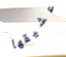
عشيقها